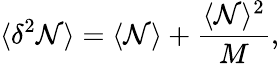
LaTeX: \langle\delta^{2}\mathcal{N}\rangle=\langle\mathcal{N}\rangle+\frac{{\langle\mathcal{N}\rangle^{2}}}{{M}},